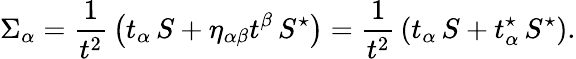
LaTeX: \Sigma_{\alpha}={\frac{1}{t^{2}}}\left(t_{\alpha}\, S+\eta_{\alpha\beta}t^{\beta}\, S^{\star}\right)={\frac{1}{t^{2}}}\left(t_{\alpha}\, S+t_{\alpha}^{\star}\, S^{\star}\right).